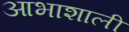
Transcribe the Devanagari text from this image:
आभाशाली